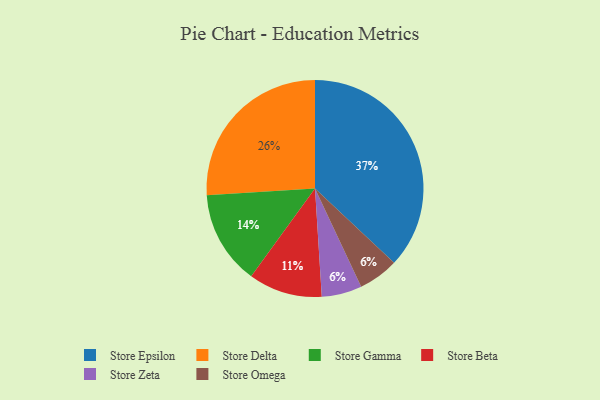
{"axis": {"x": "Category", "y": "Percentage"}, "legend": ["Store Beta", "Store Delta", "Store Epsilon", "Store Gamma", "Store Omega", "Store Zeta"], "data": [{"x": "Store Beta", "y": 11, "type": "Store Beta"}, {"x": "Store Epsilon", "y": 37, "type": "Store Epsilon"}, {"x": "Store Zeta", "y": 6, "type": "Store Zeta"}, {"x": "Store Omega", "y": 6, "type": "Store Omega"}, {"x": "Store Delta", "y": 26, "type": "Store Delta"}, {"x": "Store Gamma", "y": 14, "type": "Store Gamma"}]}